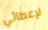
لإعطائي